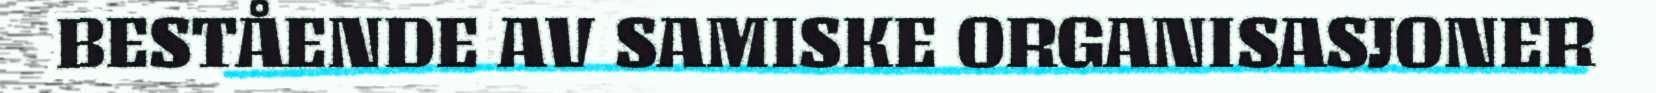
BESTÅENDE AV SAMISKE ORGANISASJONER